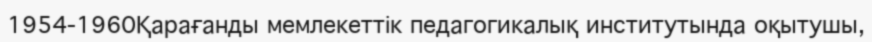
1954-1960Қарағанды мемлекеттік педагогикалық институтында оқытушы,